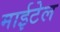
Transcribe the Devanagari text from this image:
माईटेल